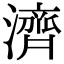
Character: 濟